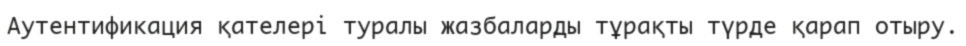
Аутентификация қателері туралы жазбаларды тұрақты түрде қарап отыру.